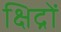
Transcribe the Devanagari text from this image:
क्षिद्रों